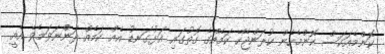
ކޮންމެއަކަސް ކޮންމެހެން ކުރަންޖެހޭ ކަމެއްގެ ގޮތުގައި އަޅުގަނޑު އެއް ކަމެއް ދަންނަވަމެވެ އެއީ